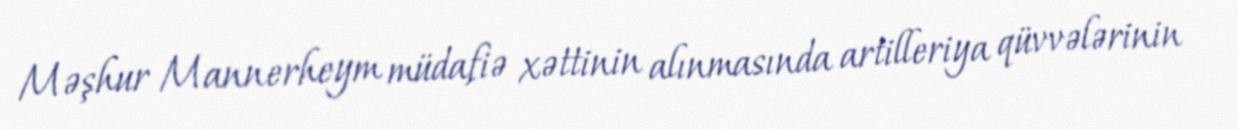
Məşhur Mannerheym müdafiə xəttinin alınmasında artilleriya qüvvələrinin